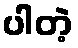
ပါတဲ့